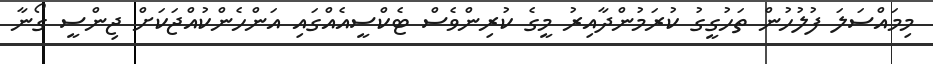
މިމައްސަލަ ފުލުހުން ތަހުގީގު ކުރަމުންދާއިރު މީގެ ކުރިންވެސް ޓެކްސީއެއްގައި އަންހެންކުއްޖަކަށް ޖިންސީ ގޯނާ